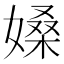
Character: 𡠏